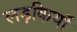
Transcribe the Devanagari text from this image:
लड़कियाॅ